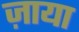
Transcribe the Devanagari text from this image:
ज़ाया